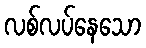
လစ်လပ်နေသော